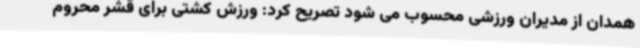
همدان از مدیران ورزشی محسوب می شود تصریح کرد: ورزش کشتی برای قشر محروم